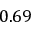
0 . 6 9